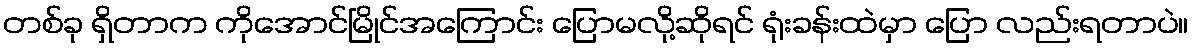
တစ်ခု ရှိတာက ကိုအောင်မြိုင်အကြောင်း ပြောမလို့ဆိုရင် ရုံးခန်းထဲမှာ ပြော လည်းရတာပဲ။